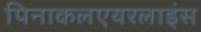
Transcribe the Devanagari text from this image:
पिनाकलएयरलाइंस